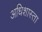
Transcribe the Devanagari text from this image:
अधिशास्ता